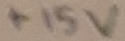
Text: +15V